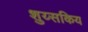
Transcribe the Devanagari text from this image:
शुय्सकिय